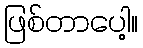
ဖြစ်တာပေါ့။